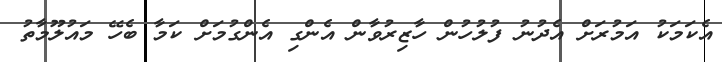
އެކަމަކު އަމުރަށް އެދުނު ފުލުހުން ހާޒިރުވާން އެންގި އެންގުމަށް ކަމާ ބެހޭ މައުލޫމާތު